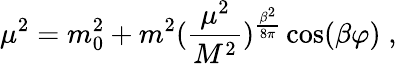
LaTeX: \mu^{2}=m_{0}^{2}+m^{2}({\frac{\mu^{2}}{M^{2}}})^{{\frac{\beta^{2}}{8\pi}}}\cos(\beta\varphi)\; ,